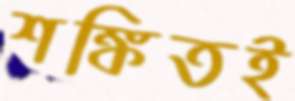
শঙ্কিতই